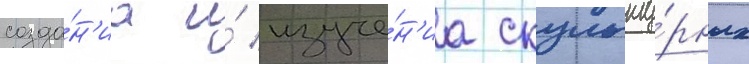
созда́н'иа и́ изуче́н'иа скульпту́рных